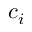
c _ { i }